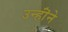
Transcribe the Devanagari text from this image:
उन्हॊंने